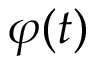
\varphi ( t )